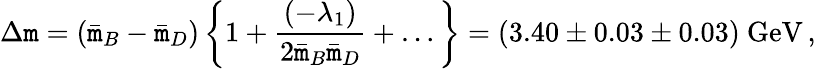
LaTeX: \Delta\mathtt{m}=(\bar{{\mathtt{m}}}_{B}-\bar{{\mathtt{m}}}_{D})\, \bigg\{ 1+{\frac{{(-\lambda_{1})}}{{2\bar{{\mathtt{m}}}_{B}\bar{{\mathtt{m}}}_{D}}}}+\dots\bigg\} =(3.40\pm0.03\pm0.03)~\mathrm{{GeV}}\, ,